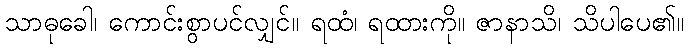
သာဓုခေါ၊ ကောင်းစွာပင်လျှင်။ ရထံ၊ ရထားကို။ ဇာနာသိ၊ သိပါပေ၏။